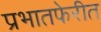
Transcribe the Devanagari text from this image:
प्रभातफेरीत